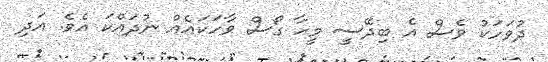
ދުވަހަކު ވެސް އެ ބިދޭސީ މީހާ ގޯސް ވާހަކައެއް ނުދައްކަ އެވެ. އަދި